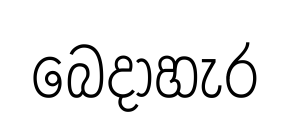
බෙදාහැර